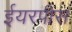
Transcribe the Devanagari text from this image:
ईयरपीस